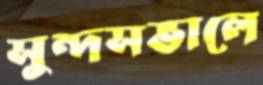
সুন্দসভালে